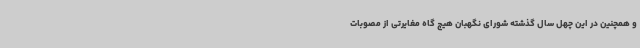
و همچنین در این چهل سال گذشته شورای نگهبان هیچ گاه مغایرتی از مصوبات